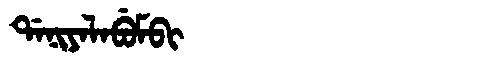
Manchu: ᡩᠠᠨᡳᠶᠠᠯᠠᠪᡠᠮᠪᡳ
Romanization: DANIYALABUMBI